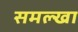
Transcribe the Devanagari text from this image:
समल्खा